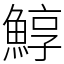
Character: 鯙